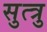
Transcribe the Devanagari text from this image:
सुत्त्रु